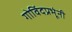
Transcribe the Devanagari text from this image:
गोविंदप्रभूंनी